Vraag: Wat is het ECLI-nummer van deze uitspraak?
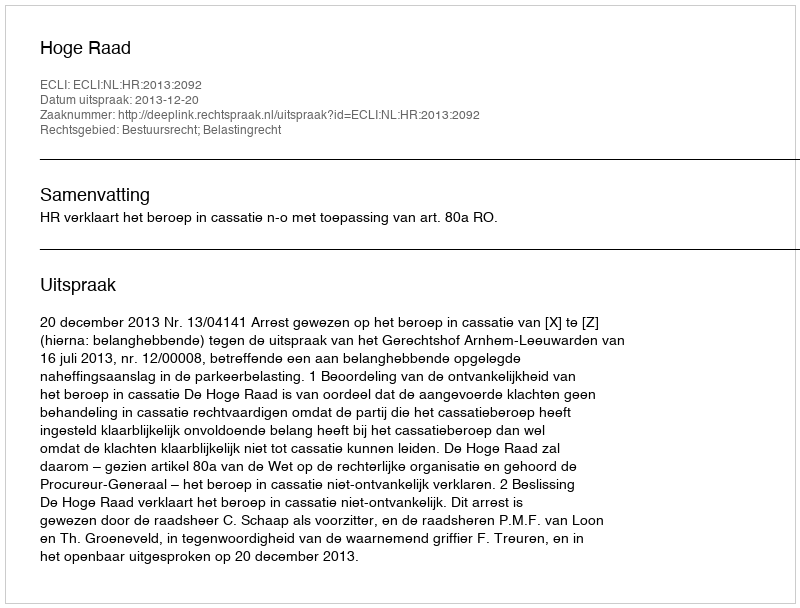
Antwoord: ECLI:NL:HR:2013:2092